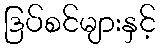
ဒြပ်စင်များနှင့်